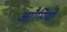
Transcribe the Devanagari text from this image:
अरौसियो